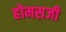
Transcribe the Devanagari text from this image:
होमसजी